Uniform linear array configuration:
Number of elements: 8
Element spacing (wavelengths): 1
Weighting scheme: cosine
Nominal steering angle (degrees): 45
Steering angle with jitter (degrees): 44.948
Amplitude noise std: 0.05
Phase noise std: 0.05

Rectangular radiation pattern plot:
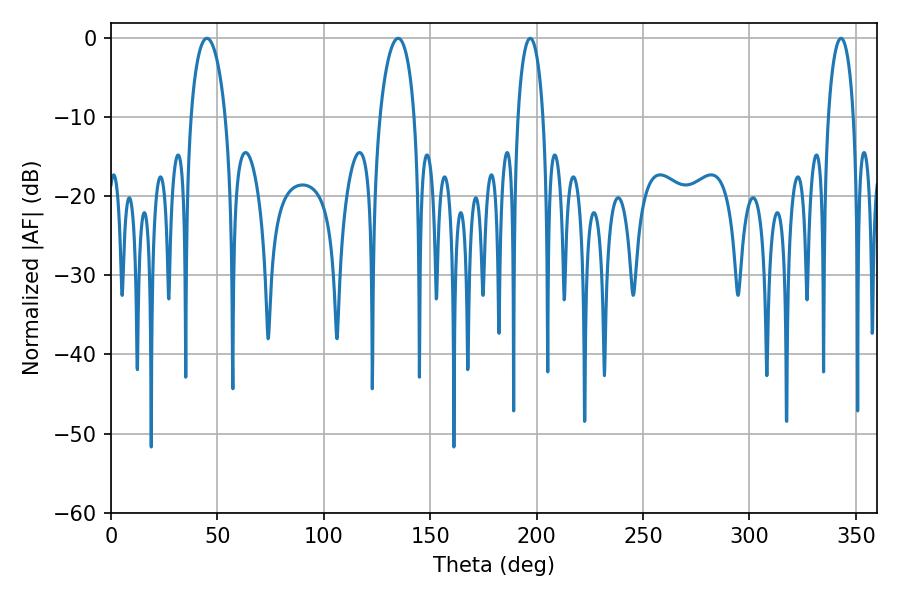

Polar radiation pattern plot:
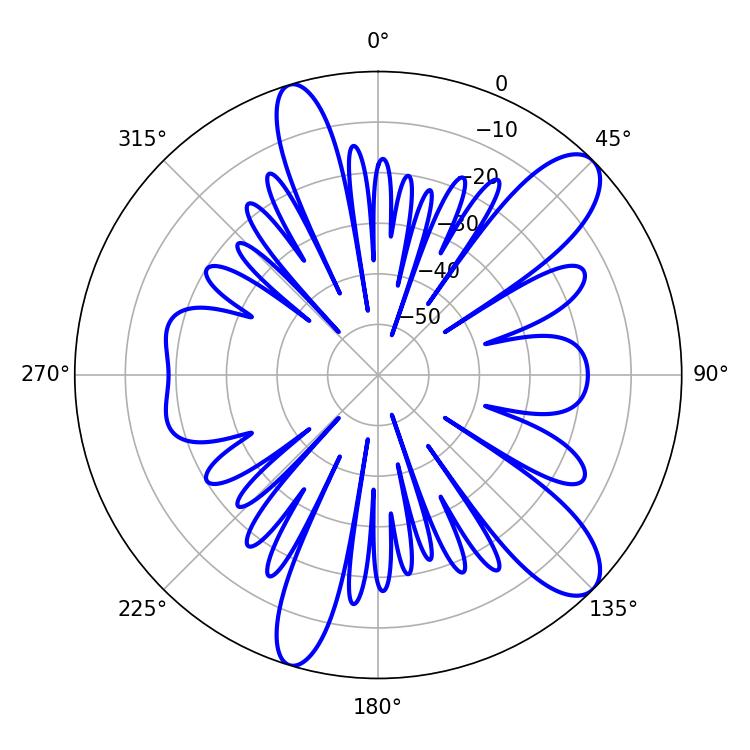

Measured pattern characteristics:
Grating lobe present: TRUE
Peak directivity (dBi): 10.78
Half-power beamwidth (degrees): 9.18
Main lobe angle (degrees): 135